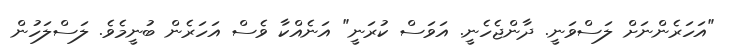
"އަހަރެންނަށް ލަސްވަނީ. ދާންޖެހެނީ. އަވަސް ކުރަނީ" އަނެއްކާ ވެސް އަހަރެން ބުނީމެވެ. ލަސްލަހުން